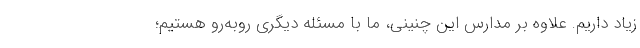
زیاد داریم. علاوه بر مدارس این چنینی، ما با مسئله دیگری روبه‌رو هستیم؛